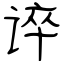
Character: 谇